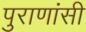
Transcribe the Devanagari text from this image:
पुराणांसी